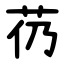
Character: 芿